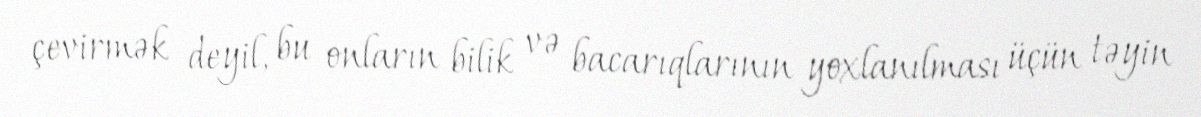
çevirmək deyil, bu onların bilik və bacarıqlarının yoxlanılması üçün təyin